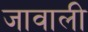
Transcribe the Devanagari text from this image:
जावाली